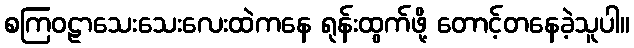
စကြဝဠာသေးသေးလေးထဲကနေ ရုန်းထွက်ဖို့ တောင့်တနေခဲ့သူပါ။